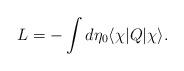
LaTeX: \begin{align*}L=-\int d \eta_0 \langle\chi|Q|\chi\rangle.\end{align*}